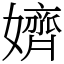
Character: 𡣙